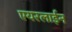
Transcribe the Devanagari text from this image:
एयरलाईन